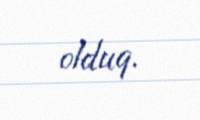
olduq.